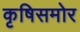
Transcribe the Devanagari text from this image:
कृषिसमोर